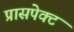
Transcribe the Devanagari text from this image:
प्रासपेक्ट